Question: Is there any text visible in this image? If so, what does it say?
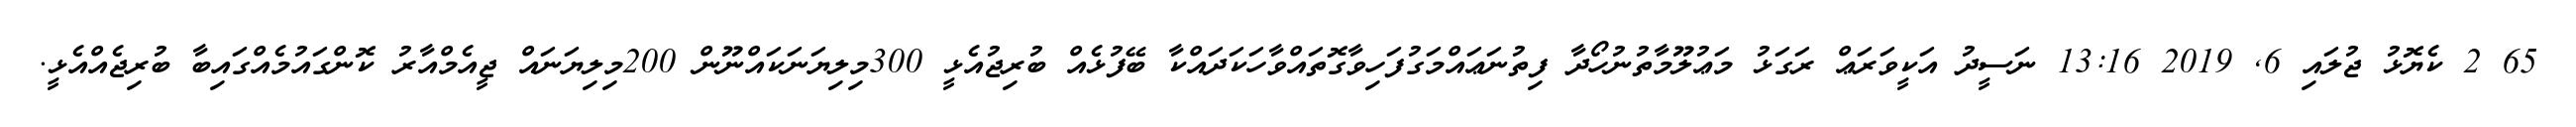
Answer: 65 2 ކެޔޮޅު ޖުލައި 6, 2019 13:16 ނަސީދު އަކީވަރަޢް ރަގަޅު މަޢުލޫމާތުނުހޯދާ ފިތުނަޢައްމަގުފަހިވާގޮތައްވާހަކަދައްކާ ބޭފުޅެއް ބުރިޖުއެޅީ 300މިލިޔަނަކައްނޫން 200މިލިޔަނައް ޖީއެމްއާރު ކޮންގައުމެއްގައިބާ ބުރިޖެއްއެޅީ.